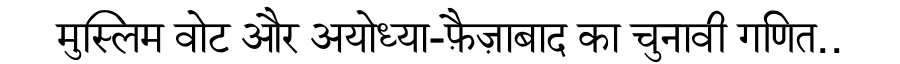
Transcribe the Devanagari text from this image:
मुस्लिम वोट और अयोध्या-फ़ैज़ाबाद का चुनावी गणित..